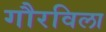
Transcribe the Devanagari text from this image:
गौरविला